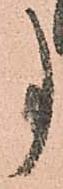
事